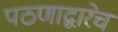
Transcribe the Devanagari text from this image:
पठणाद्वारेच